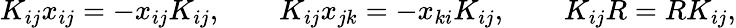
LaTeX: K_{ij}x_{ij}=-x_{ij}K_{ij},\qquad K_{ij}x_{jk}=-x_{ki}K_{ij},\qquad K_{ij}R=RK_{ij},